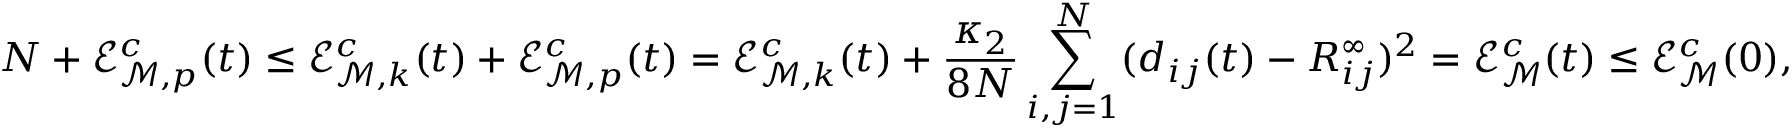
N + \mathcal { E } _ { { \mathcal M } , p } ^ { c } ( t ) \leq \mathcal { E } _ { { \mathcal M } , k } ^ { c } ( t ) + \mathcal { E } _ { { \mathcal M } , p } ^ { c } ( t ) = \mathcal { E } _ { { \mathcal M } , k } ^ { c } ( t ) + \frac { \kappa _ { 2 } } { 8 N } \sum _ { i , j = 1 } ^ { N } ( d _ { i j } ( t ) - R _ { i j } ^ { \infty } ) ^ { 2 } = { \mathcal E } _ { \mathcal M } ^ { c } ( t ) \leq \mathcal { E } _ { { \mathcal M } } ^ { c } ( 0 ) ,